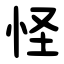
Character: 怪